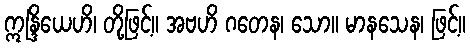
ဣန္ဒြိယေဟိ၊ တို့ဖြင့်။ အဗဟိ ဂတေန၊ သော။ မာနသေန၊ ဖြင့်။